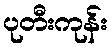
ပုတီးကုန်း